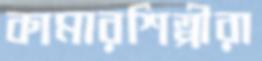
কামারশিল্পীরা